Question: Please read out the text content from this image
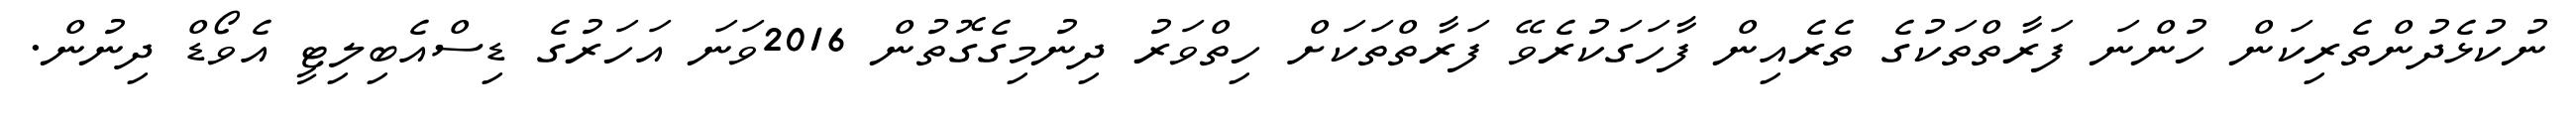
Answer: ނުކުޅެދުންތެރިކަން ހުންނަ ފަރާތްތަކުގެ ތެރެއިން ފާހަގަކުރެވޭ ފަރާތްތަކަށް ހިތްވަރު ދިނުމިގެގޮތުން 2016ވަނަ އަހަރުގެ ޑިސްއެބިލިޓީ އެވޯޑް ދިނުން.